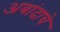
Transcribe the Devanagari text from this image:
अबांदाचे